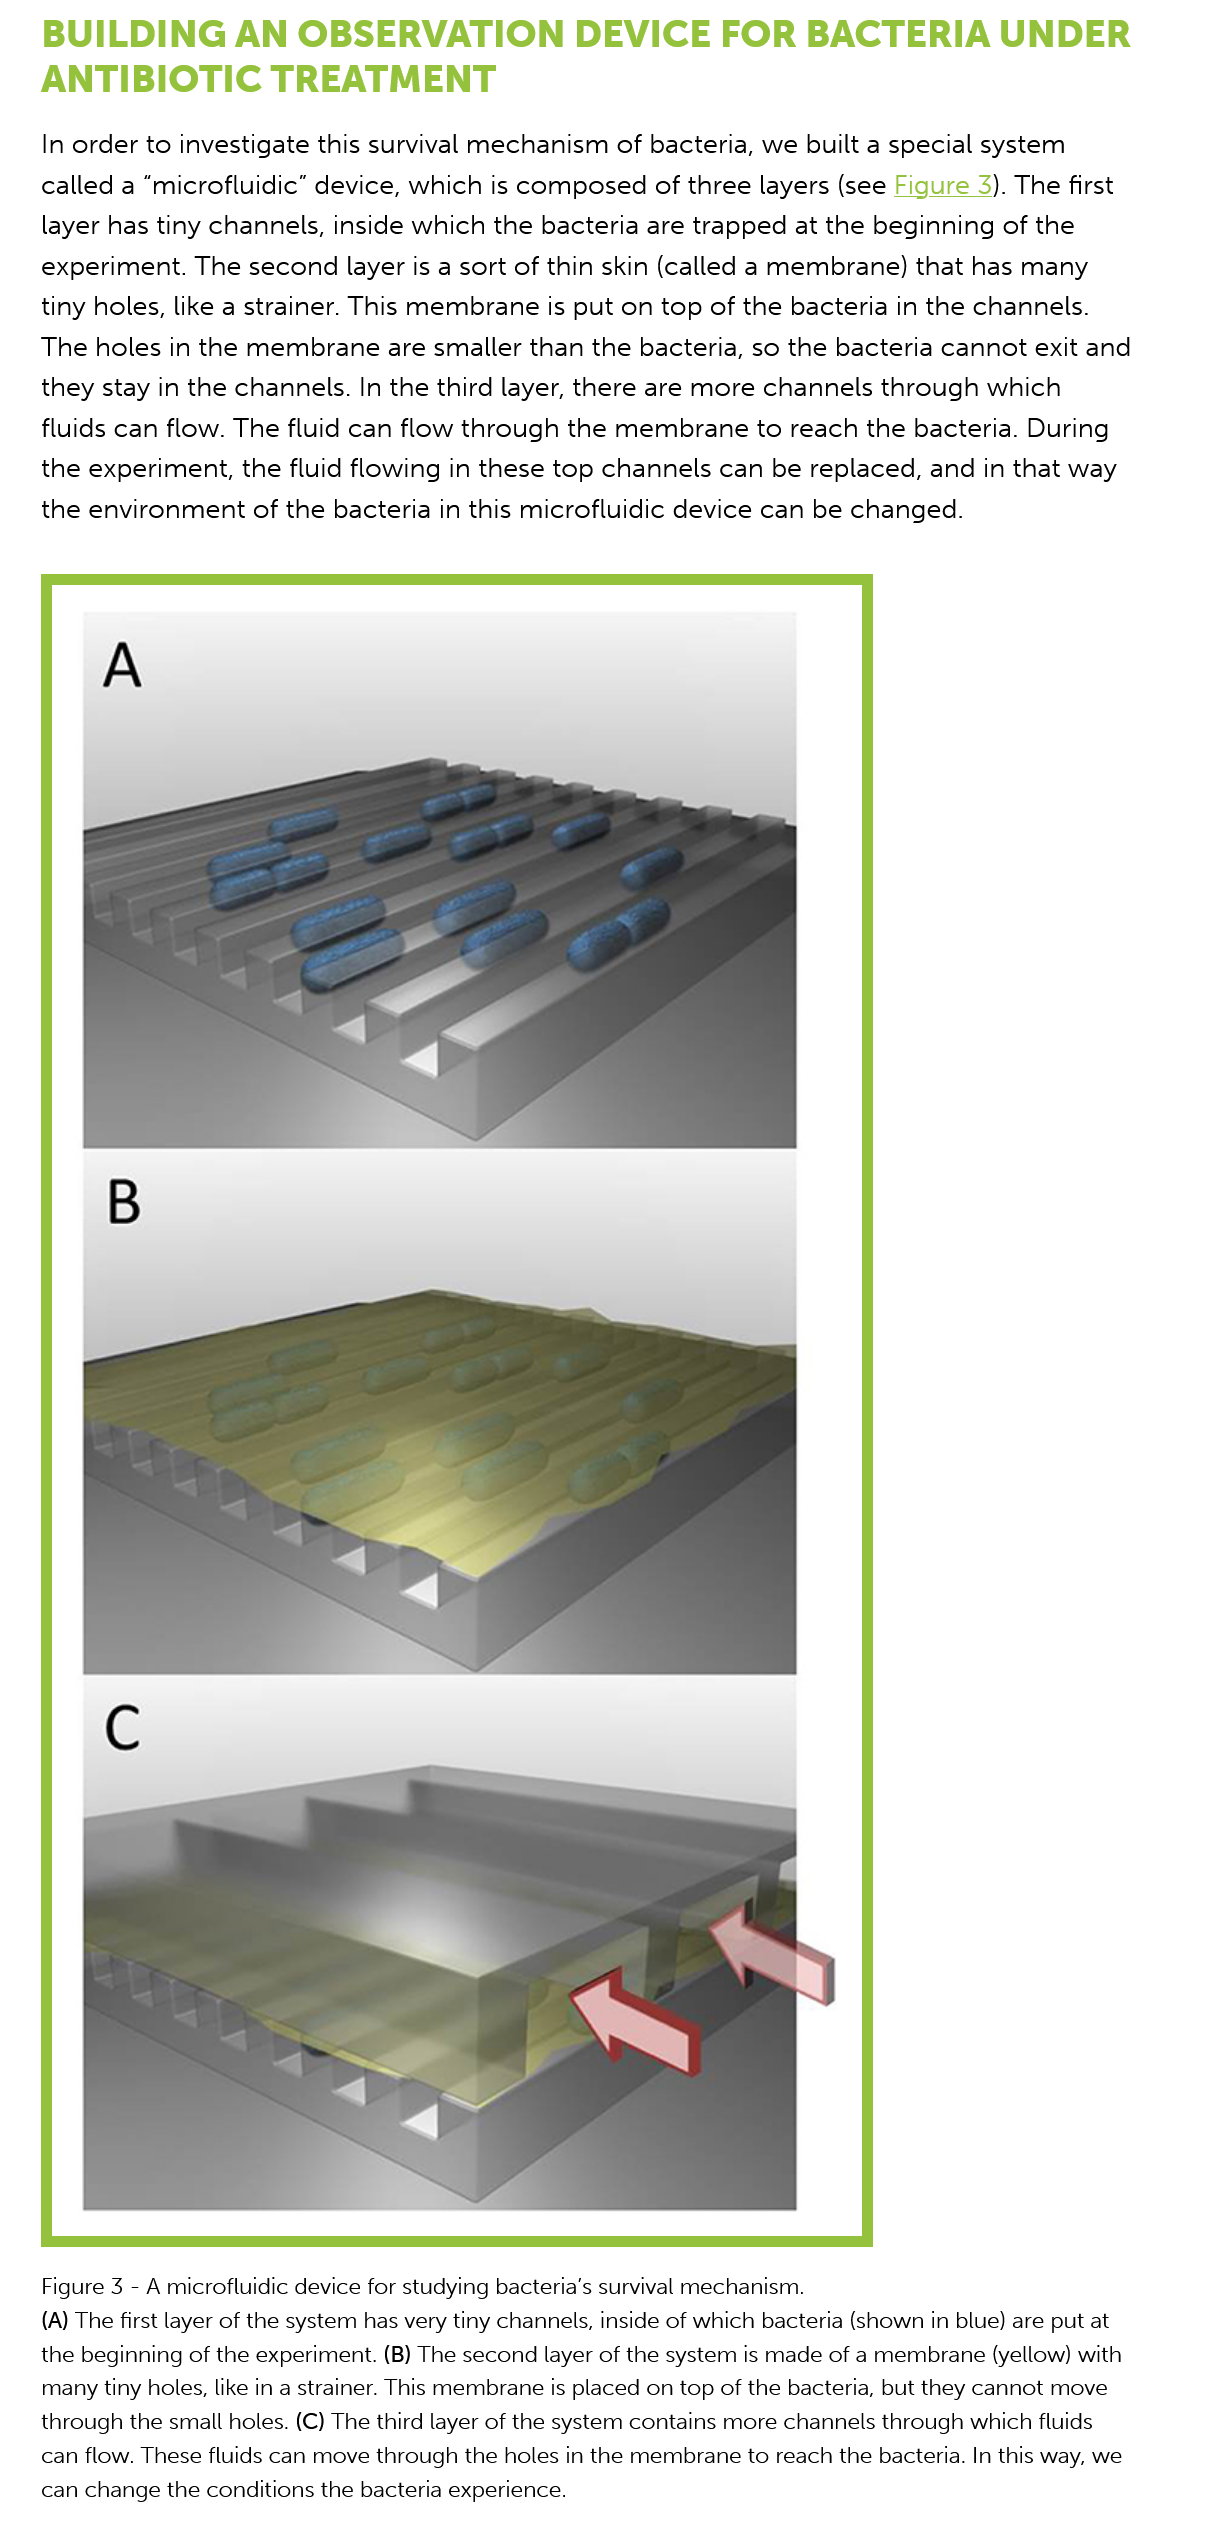
BUILDING    AN   OBSERVATION    DEVICE    FOR    BACTERIA    UNDER
    ANTIBIOTIC    TREATMENT
    In order to investigate this survival mechanism of bacteria, we built a special system
    called a “microfluidic” device, which is composed  of three layers (see Figure 3). The first

    layer has tiny channels, inside which the bacteria are trapped at the beginning of the
    experiment.  The second layer is a sort of thin skin (called a membrane) that has many
    tiny holes, like a strainer. This membrane is put on top of the bacteria in the channels.
    The  holes in the membrane are   smaller than the bacteria, so the bacteria cannot exit and
    they stay in the channels. In the third layer, there are more channels through which
    fluids can flow. The fluid can flow through the membrane  to   reach the bacteria. During
    the experiment,  the fluid flowing in these top channels can be replaced, and  in that way
    the environment of  the bacteria in this microfluidic device can be changed.
    Figure 3
     -
     A microfluidic device for studying bacteria’s survival mechanism.
    (A) The first layer of the system has very tiny channels, inside of which bacteria (shown in blue) are put at
    the beginning of the experiment. (B) The second layer of the system is made of a membrane (yellow) with
    many tiny holes, like in a strainer. This membrane is placed on top of the bacteria, but they cannot move
    through the small holes. (C) The third layer of the system contains more channels through which fluids
    can flow. These fluids can move through the holes in the membrane to reach the bacteria. In this way, we
    can change the conditions the bacteria experience.